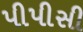
પીપીસી